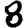
Digit: 8